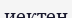
иектен